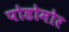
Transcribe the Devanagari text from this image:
पोडोमोर